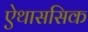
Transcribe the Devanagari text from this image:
ऐथाससिक